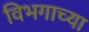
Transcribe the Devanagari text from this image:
विभगाच्या